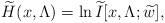
LaTeX: \begin{align*}\widetilde{H} (x,\Lambda )=\ln \widetilde{I} [x,\Lambda;\widetilde{w}], \end{align*}